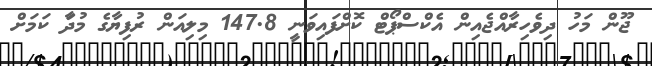
ޖޫން މަހު ދިވެހިރާއްޖެއިން އެކްސްޕޯޓް ކޮށްފައިވަނީ 147.8 މިލިއަން ރުފިޔާގެ މުދަާ ކަމަށް